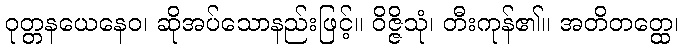
ဝုတ္တနယေနေဝ၊ ဆိုအပ်သောနည်းဖြင့်။ ဝိဇ္ဇိသုံ၊ တီးကုန်၏။ အတိတတ္ထေ၊